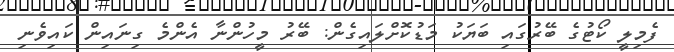
ފެމިލީ ކޯޓުގެ ބޭރުގައި ބަޔަކު މަޑުކޮށްލައިގެން: ބޭރު މީހުންނާ އެންމެ ގިނައިން ކައިވެނި